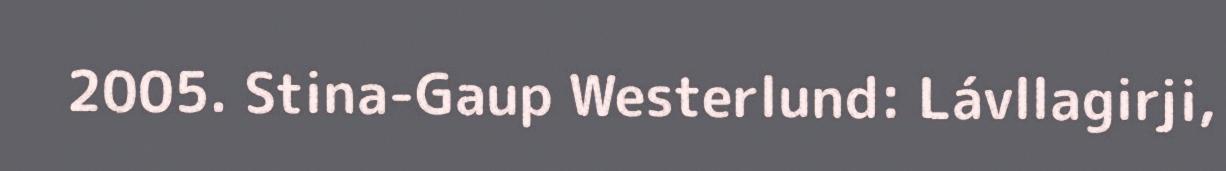
2005. Stina-Gaup Westerlund: Lávllagirji,